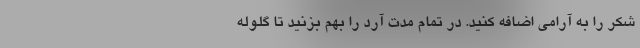
شکر را به آرامی اضافه کنید. در تمام مدت آرد را بهم بزنید تا گلوله